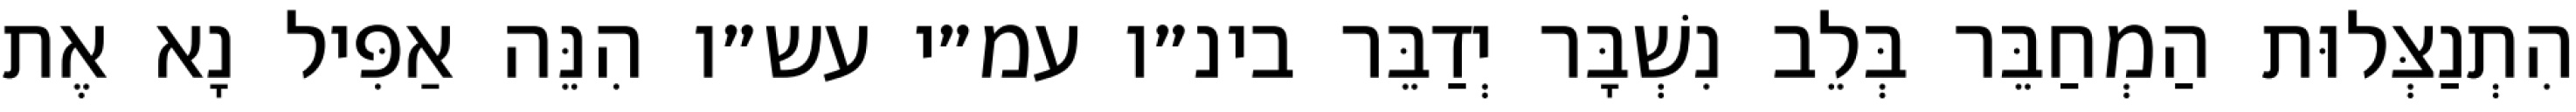
הִתְנַצְּלוּת הַמְחַבֵּר בְּלֵב נִשְׁבָּר יְדַבֵּר בינ״ו עמ״י עש״ו הִנֵּה אַפִּיל נָא אֶת